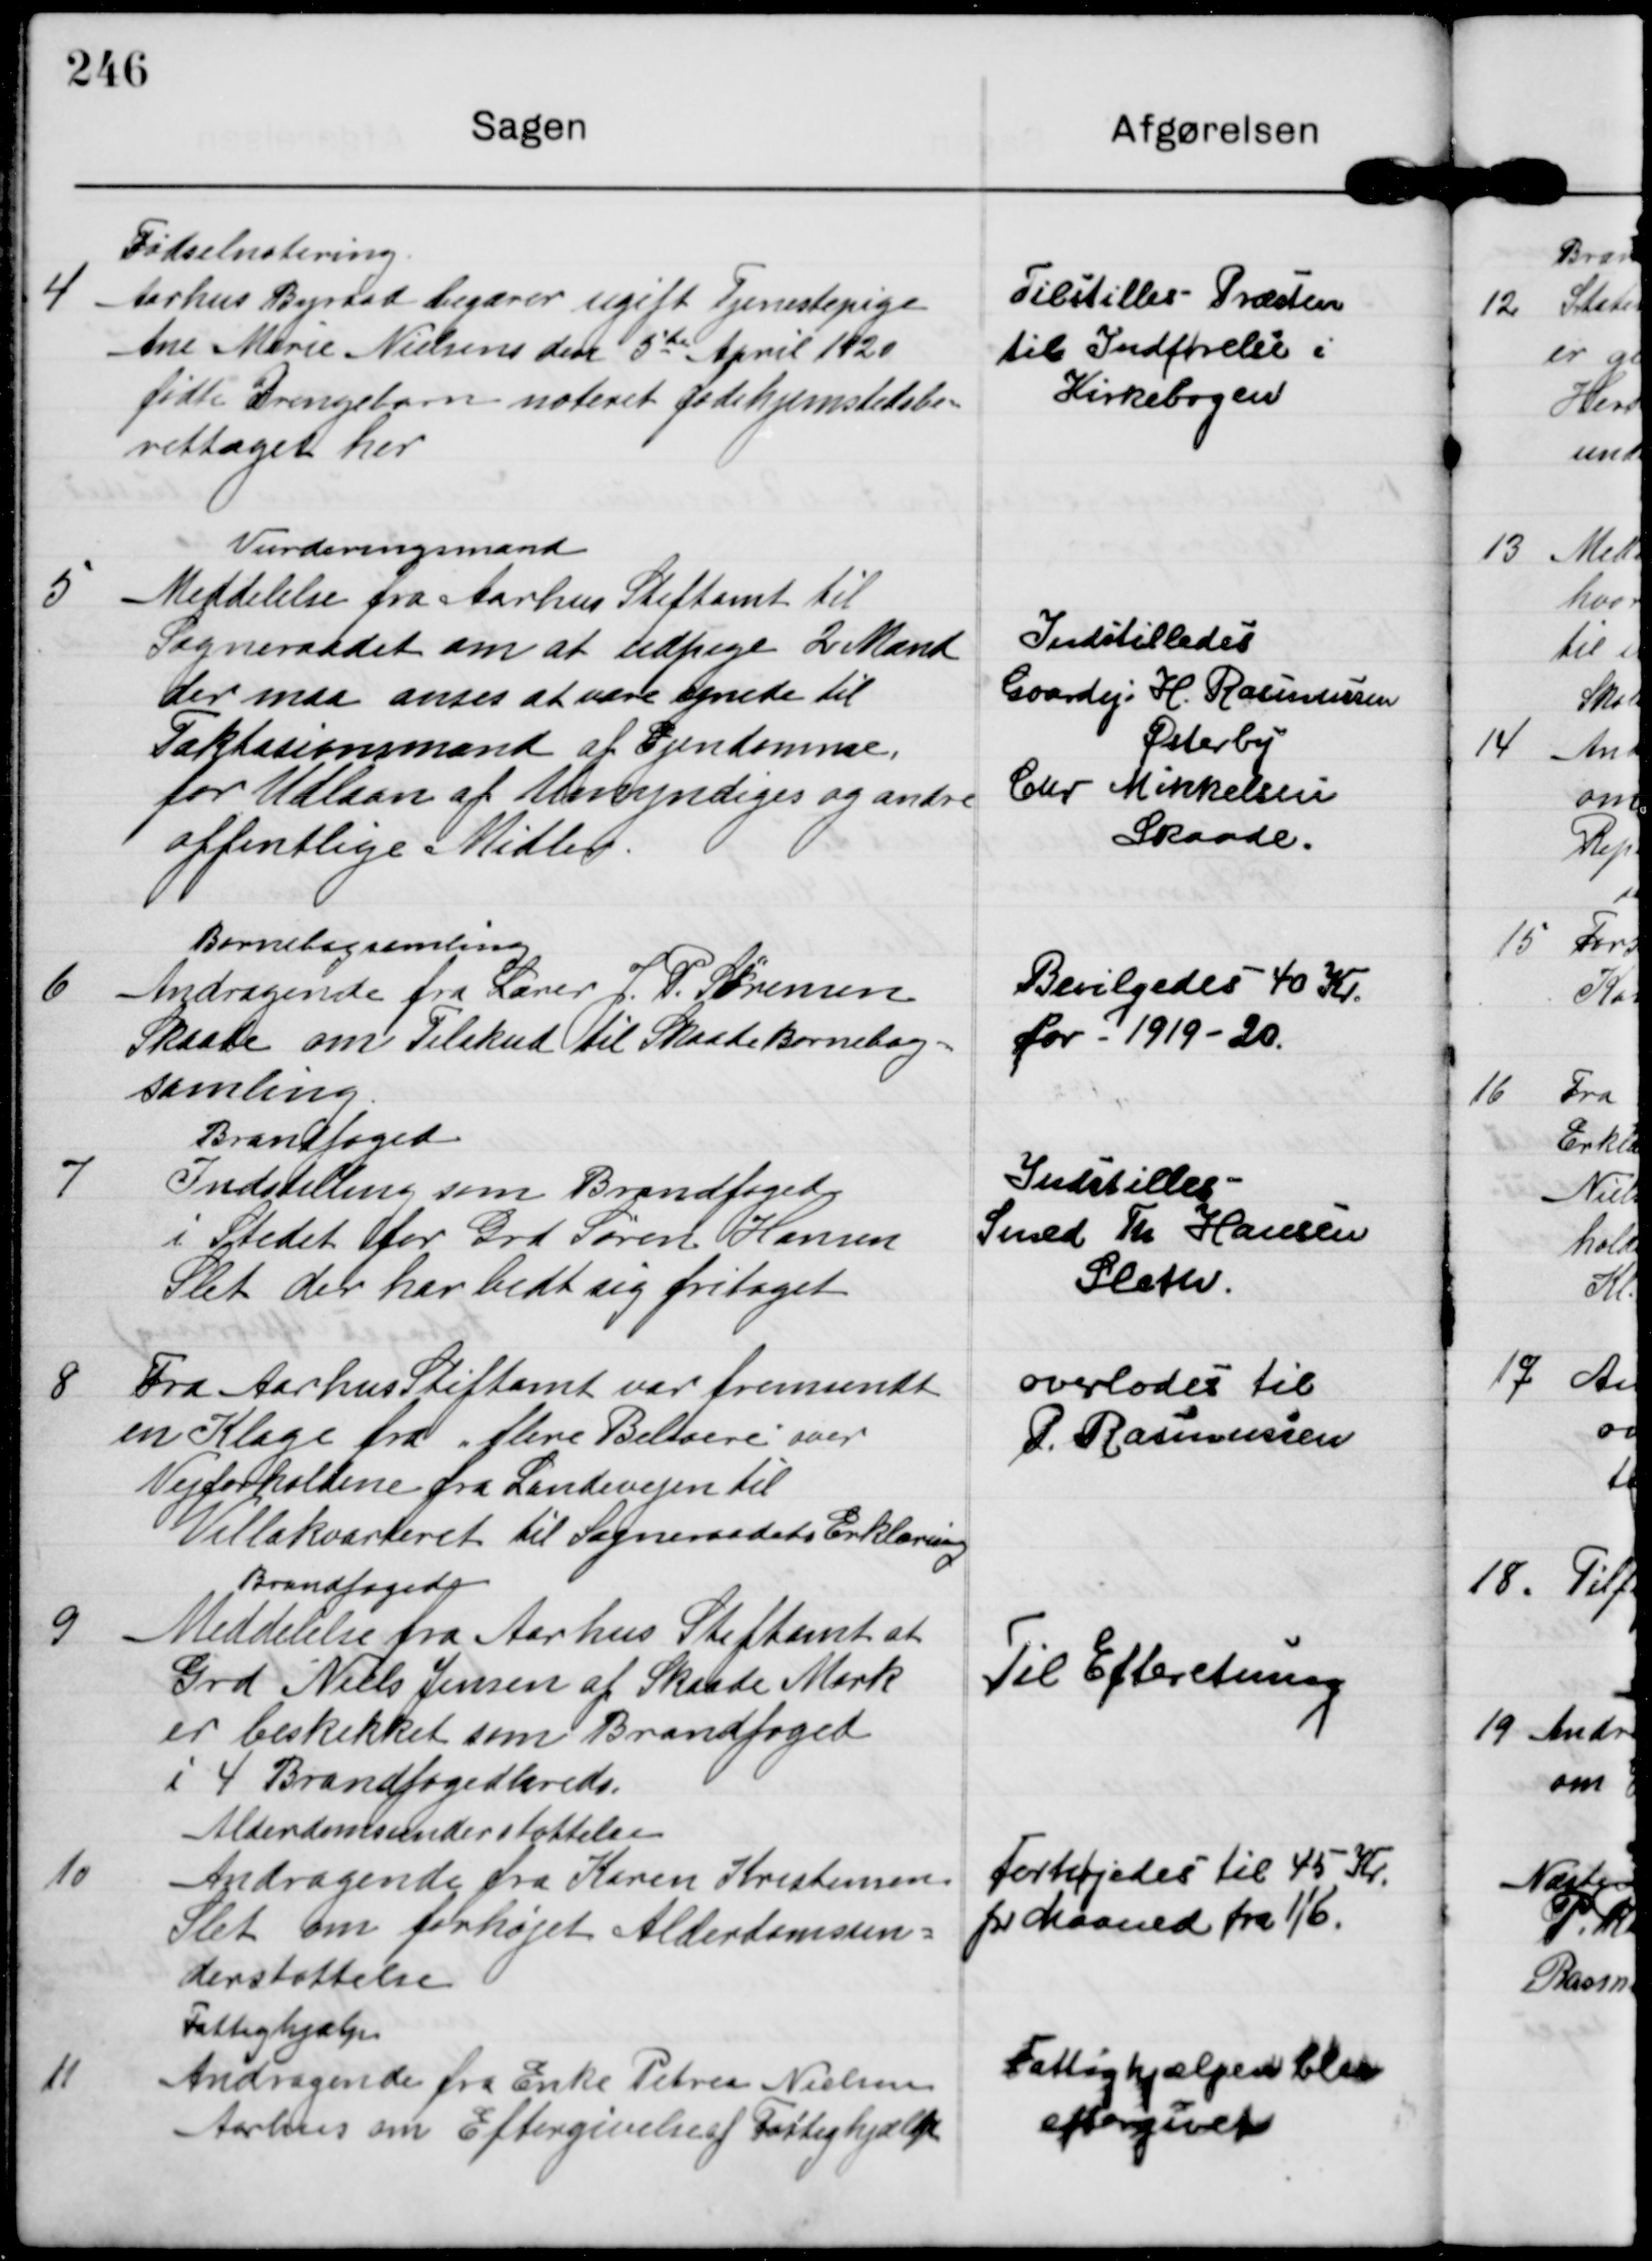
Transskription:
4

Fødselnotering
Aarhus Byraad begærer ugift Tjenestepige
Ane Marie Nielsens den 5te April 1920
fødte Drengebarn noteret fødehjemstedsbe=
rettiget her

Tilstilles Præsten
til Indførelse i
Kirkebogen

5

Vurderingsmand
Meddelelse fra Aarhus Stiftamt til
Sogneraadet om at udpege 2 Mand
der maa anses at være egnede til
Taktasionsmand af Ejendomme,
for Udlaan af Umyndiges og andre
offentlige Midler

Indstilledes
Gaardej. H Rasmussen
Østerby
Chr Mikkelsen
Skaade.

6

Børnebogsamling
Andragende fra Lærer J. P. Sørensen
Skaade om Tilskud til Skaade Børnebog-
samling.

Bevilgedes 40 Kr
for 1919-20.

7

Brandfoged
Indstilling som Brandfoged.
i Stedet or Grd Søren Hansen
Slet, der har bedt sig fritaget

Indstilles
Smed Th Hansen
Sleth.

8

Fra Aarhus Stiftamt var fremsendt
en Klage fra flere Beboere over
Vejforholdene fra Landevejen til
Villakvarteret til Sogneraadets erklæring

overlodes til
P Rasmussen

9

Brandfoged
Meddelelse fra Aarhus Stiftamt at
Grd Niels Jensen af Skaade Mark
er beskikket som Brandfoged.
i 4 Brandfogedkreds.

Til Efteretning.

10

Aldendomsunderstøttelse
Andragende fra Karen Kristensen
Slet om forhøjet Alderdomsun=
derstøttelse

Forhøjedes til 45 Kr.
pr Maaned fra 1/6.

11

Fattighjælp.
Andragende fra Enke Petrea Nielsen
Aarhus om Eftergivelse af Fattighjælp.

Fattighjælpen blev
eftergivet.